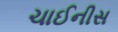
ચાઈનીસ